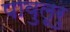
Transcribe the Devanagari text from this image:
पावुलूरु